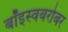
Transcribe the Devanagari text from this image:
बॉइस्वबरोबर